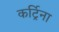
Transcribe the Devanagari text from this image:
कर्ट्रिना